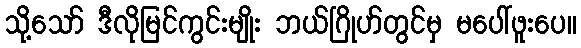
သို့သော် ဒီလိုမြင်ကွင်းမျိုး ဘယ်ဂြိုဟ်တွင်မှ မပေါ်ဖူးပေ။